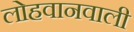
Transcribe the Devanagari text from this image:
लोहवानवाली